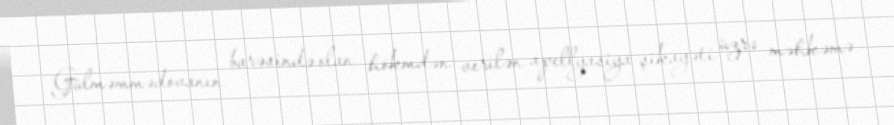
Gülməmmədovanın barəsində olan hökmdən verilən apellyasiya şikayəti üzrə məhkəmə